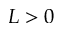
L > 0